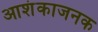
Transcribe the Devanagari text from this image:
आशंकाजनक